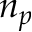
n _ { p }